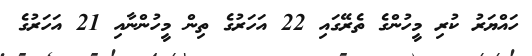
ހައްޔަރު ކުރި މީހުންގެ ތެރޭގައި 22 އަހަރުގެ ތިން މީހުންނާއި 21 އަހަރުގެ